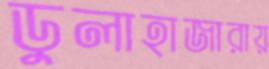
ডুলাহাজারায়